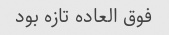
فوق العاده تازه بود